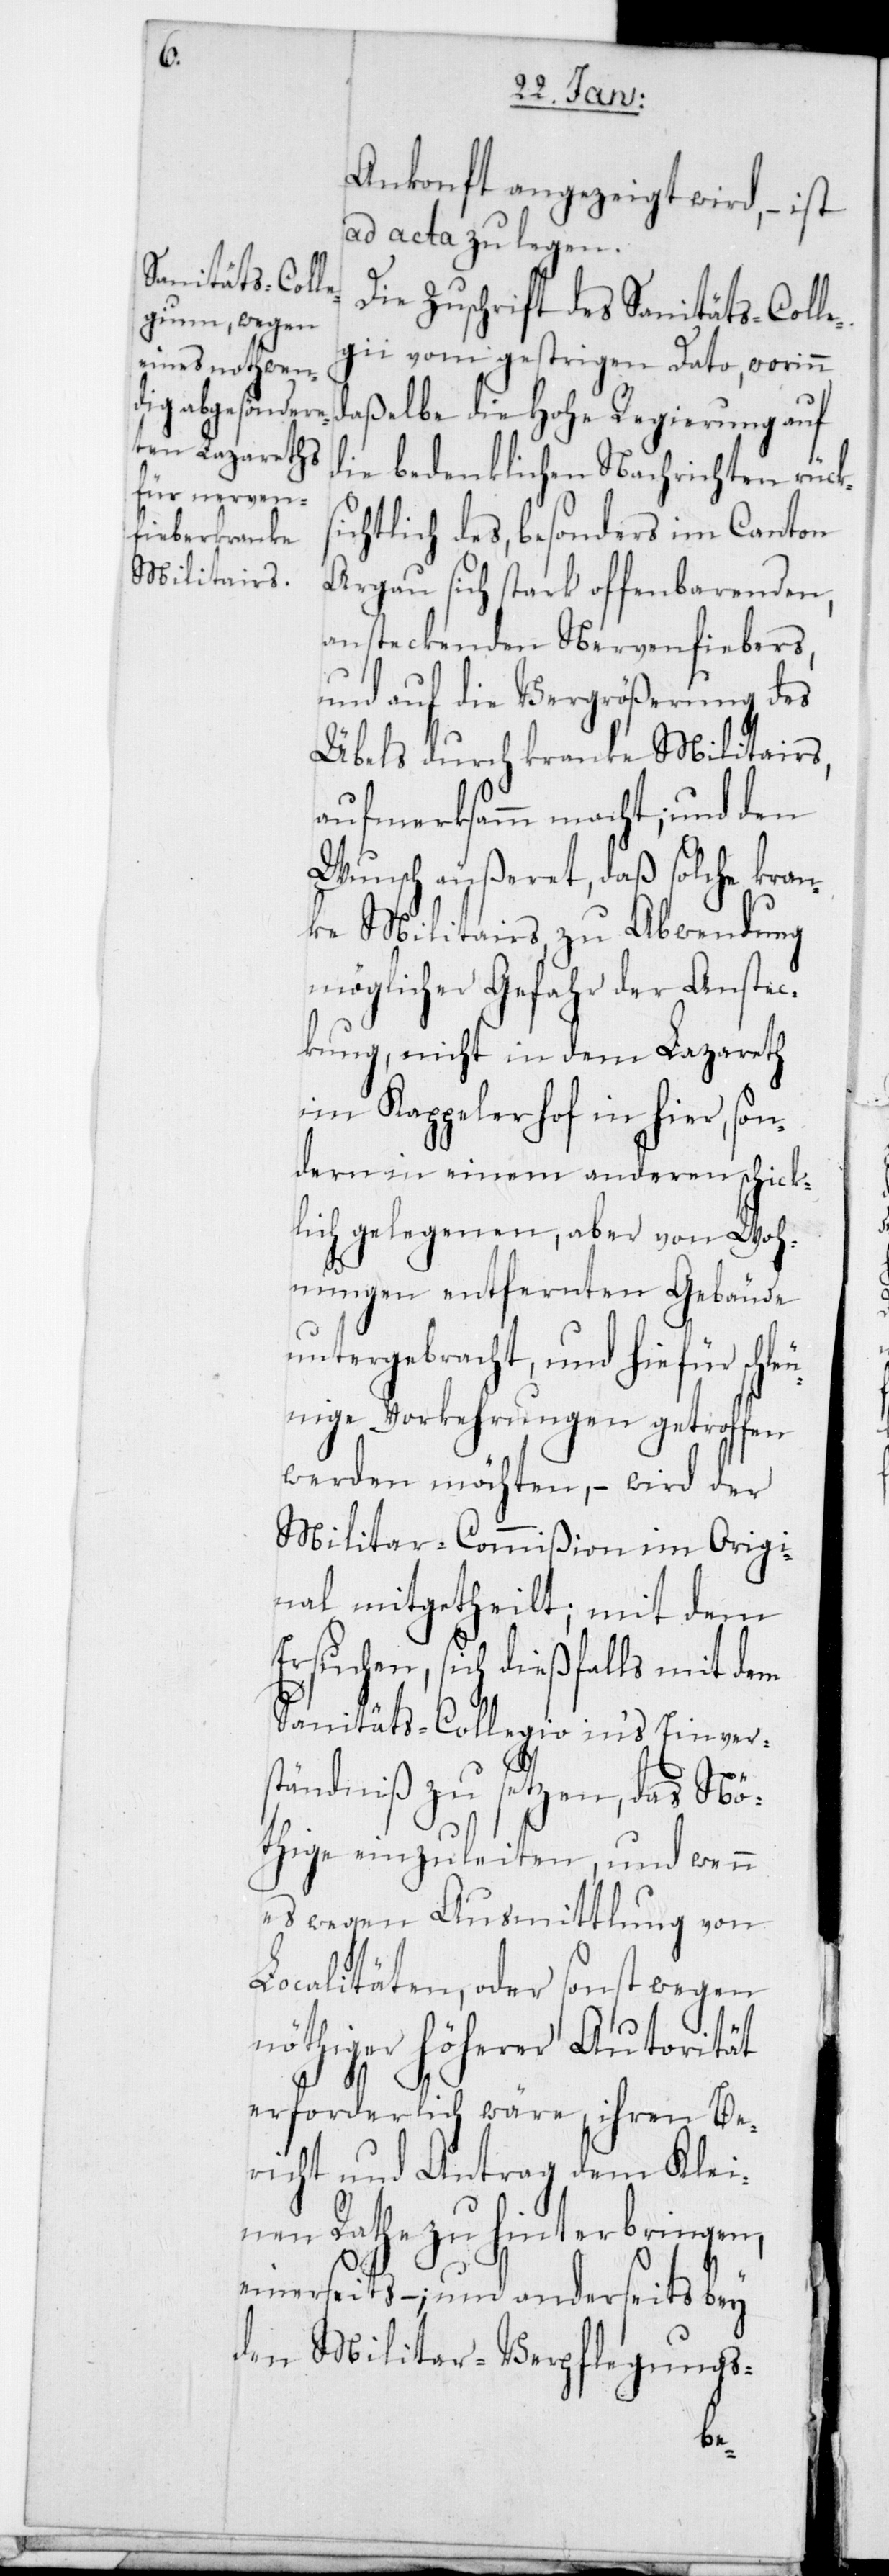
Ankonft angezeigt wird, – ist
ad acta zu legen.
Die Zuschrift des Sanitäts-Coll¬
egii vom gestrigen Dato, worinn
daßelbe die Hohe Regierung auf
die bedenklichen Nachrichten rück¬
sichtlich des, besonders im Canton
Argau sich stark offenbarenden,
ansteckenden Nervenfiebers,
und auf die Vergrößerung des
Übels durch kranke Militairs,
aufmerksammm macht, und den
Wunsch äußeret, daß solche kran¬
ke Militairs zu Abwendung
möglicher Gefahr der Anstec¬
kung, nicht in dem Lazareth
im Kappelerhof in hier, so¬
ndern in einem anderen schick¬
lich gelegenen, aber von Woh¬
nungen entfernten Gebäude
untergebracht, und hiefür schle¬
unige Vorkehrungen getroffen
werden möchten, – wird der
Militar-Commißion im Origi¬
nal mitgetheilt; mit dem
Ersuchen, sich dießfalls mit dem
Sanitäts-Collegio in‘s Einver¬
ständniß zu setzen, das Nöt¬
hige einzuleiten, und wenn
es wegen Ausmittlung von
Localitäten, oder sonst wegen
nöthiger höherer Autorität
erforderlich wäre, ihren Be¬
richt und Antrag dem Klei¬
nen Rathe zu hinterbringen
einerseits; – und anderseits bey
den Militar-Verpflegungs-